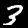
Label: 3